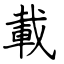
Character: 載